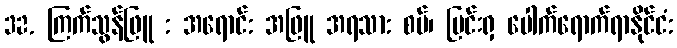
32. ကြက်သွန်ဖြူ : အရောင်: အဖြူ အရသာ: စပ်၊ ပြင်းရှ ပေါက်ရောက်ရာနိုင်ငံ: